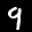
Label: 9